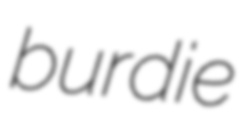
burdie